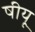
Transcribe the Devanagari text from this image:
षीयू